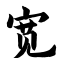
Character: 宽